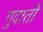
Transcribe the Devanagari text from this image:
गुदाती